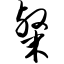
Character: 粲